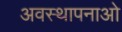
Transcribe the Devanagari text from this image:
अवस्थापनाओ